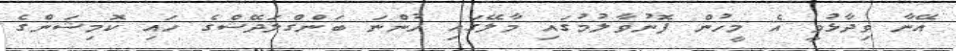
އޭނާ ވިދާޅުވީ އެ މީހުން ފޮނުވާލުމުގައި މާލޭގައި ހުންނަ ބަންގްލަދޭޝްގެ ހައި ކޮމިޝަންގެ